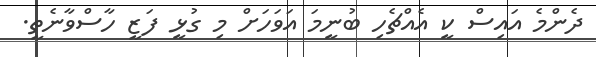
ދެންމެ އައިސް ކީ އެއްޗެހި ބުނީމަ އަވަހަށް މި ގުޅީ ފަޒީ ހާސްވާނެތީ.